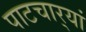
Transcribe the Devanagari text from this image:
पाटचार्‍यां